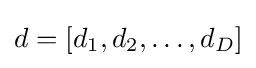
{d}=[d_{1},d_{2},\dots ,d_{D}]